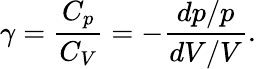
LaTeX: \gamma={\frac{C_{p}}{C_{V}}}=-{\frac{dp/p}{dV/V}}.